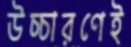
উচ্চারণেই